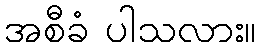
အစီခံ ပါသလား။